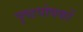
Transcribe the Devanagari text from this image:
पृष्ठपोषकों